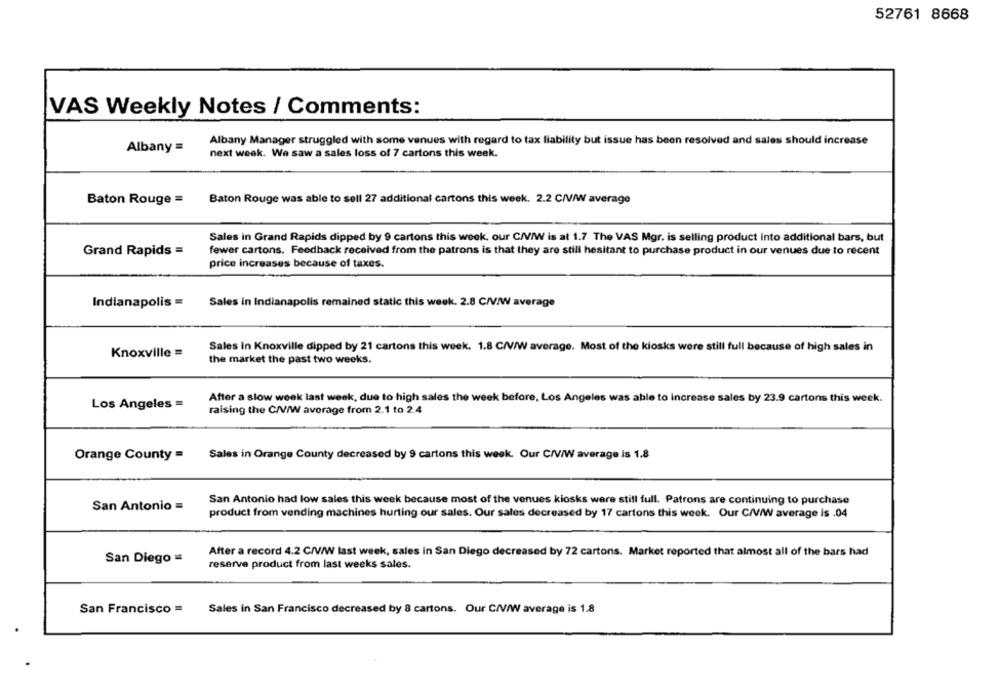
52761 8668
VAS Weekly Notes / Comments:
Albany Manager struggled with some venues with regard to tax liability but issue has been resolved and sales should increase
Albany =
next week. We saw a sales loss of 7 cartons this week.
Baton Rouge =
Baton Rouge was able to sell 27 additional cartons this week. 2.2 C/V/W average
Sales in Grand Rapids dipped by 9 cartons this week, our C/V/W is at 1.7 The VAS Mgr. is selling product into additional bars, but
fewer cartons. Feedback received from the patrons is that they are still hesitant to purchase product in our venues due to recent
Grand Rapids =
price increases because of taxes.
Indianapolis =
Sales in Indianapolis remained static this week. 2.8 C/V/W average
Sales in Knoxville dipped by 21 cartons this week. 1.8 C/V/W average. Most of the kiosks were still full because of high sales in
Knoxville =
the market the past two weeks.
After a slow week last week, due to high sales the week before, Los Angeles was able to increase sales by 23.9 cartons this week.
Los Angeles =
raising the C/V/W avorage from 2.1 to 2.4
Orange County =
Sales in Orange County decreased by 9 cartons this week. Our C/V/W average is 1.8
San Antonio =
San Antonio had low sales this week because most of the venues kiosks were still full. Patrons are continuing to purchase
product from vending machines hurting our sales. Our sales decreased by 17 cartons this week. Our C/V/W average Is .04
After a record 4.2 C/V/W last week, sales in San Diego decreased by 72 cartons. Market reported that almost all of the bars had
San Diego =
reserve product from last weeks sales.
San Francisco =
Sales in San Francisco decreased by 8 cartons. Our C/V/W average is 1.8